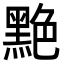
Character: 䵥